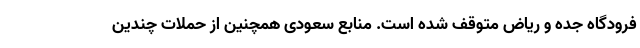
فرودگاه جده و ریاض متوقف شده است. منابع سعودی همچنین از حملات چندین